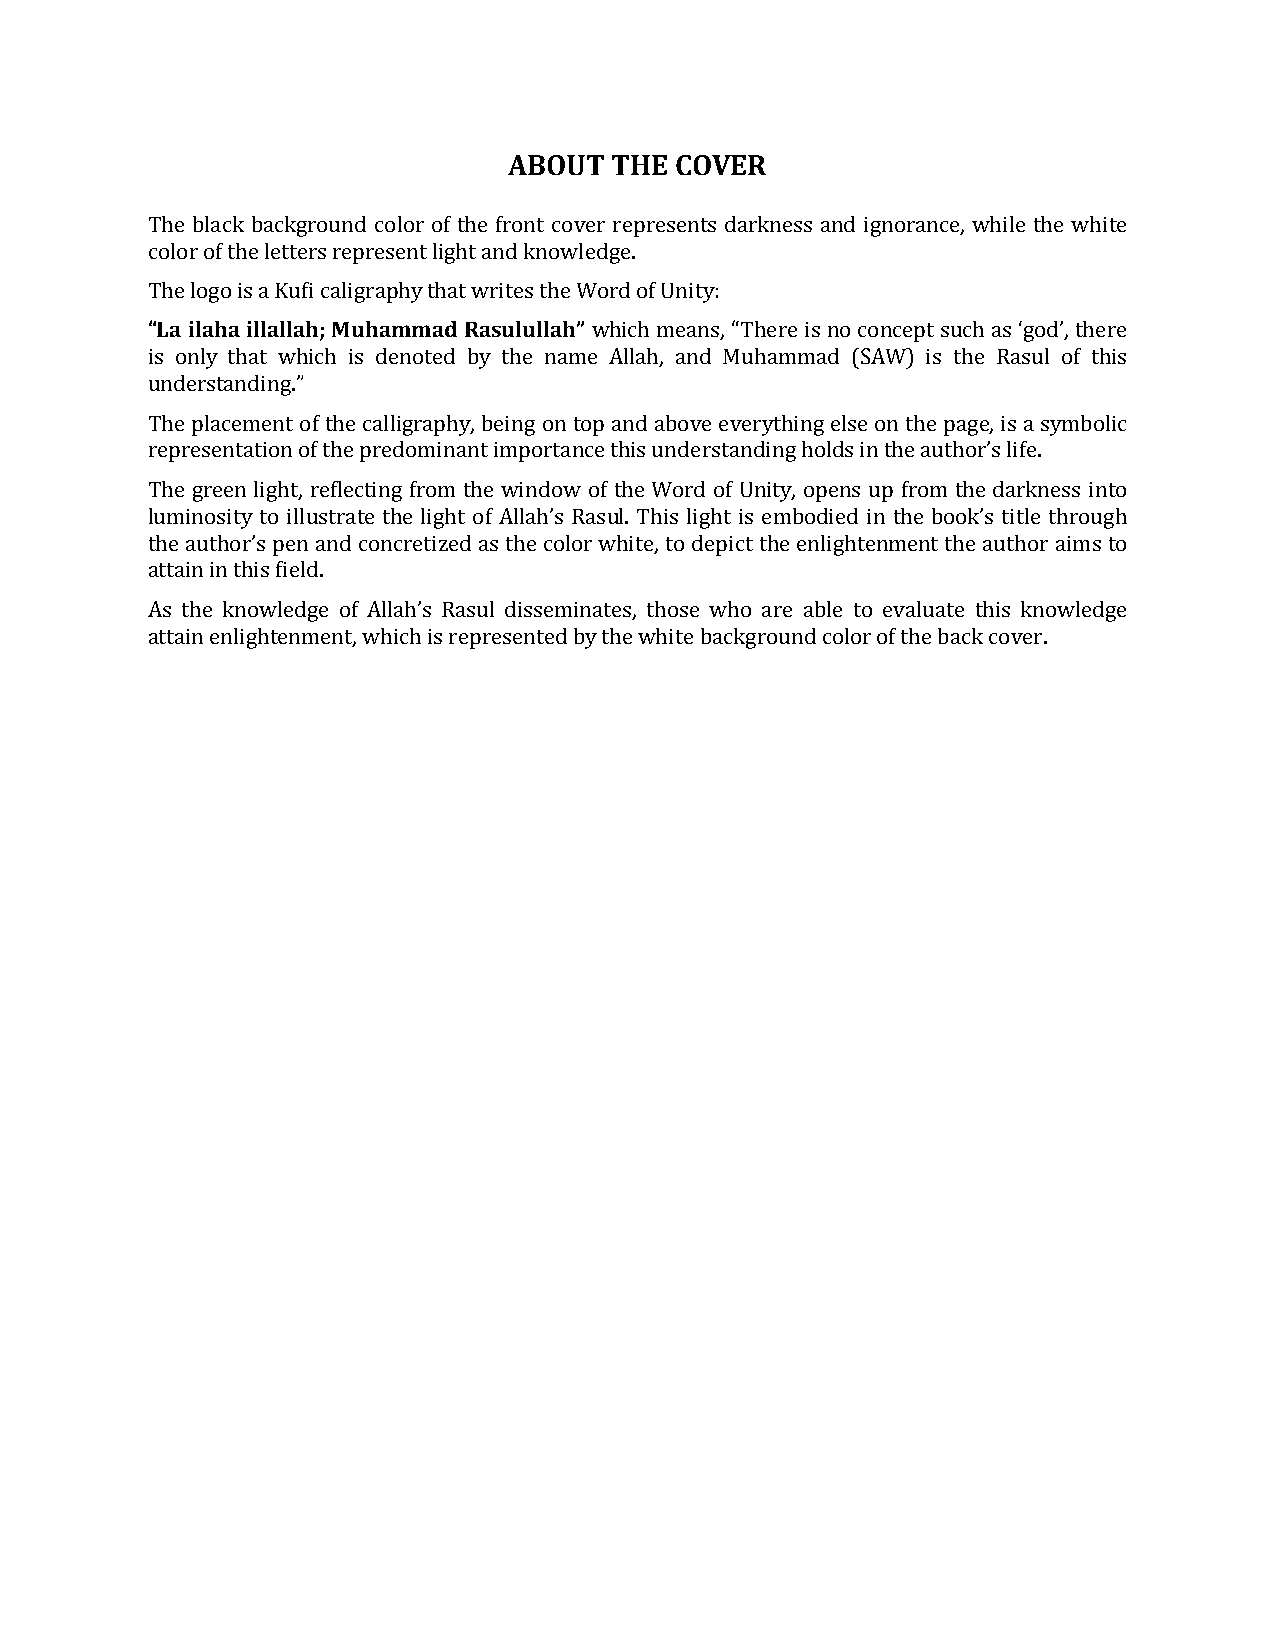
ABOUT  THE COVER
 The black background color of the front cover represents darkness and ignorance, while the white
 color of the letters represent light and knowledge.
 “La ilaha illallah; Muhammad Rasulullah”
 The logo is a Kufi caligraphy that writes the Word of Unity:
 which means, “There is no concept such as ‘god’, there
 is only that which is denoted by the name Allah, and Muhammad (SAW) is the Rasul of this
 understanding.”
 The placement of the calligraphy, being on top and above everything else on the page, is a symbolic
 representation of the predominant importance this understanding holds in the author’s life.
 The green light, reflecting from the window of the Word of Unity, opens up from the darkness into
 luminosity to illustrate the light of Allah’s Rasul. This light is embodied in the book’s title through
 the author’s pen and concretized as the color white, to depict the enlightenment the author aims to
 attain in this field.
 As the knowledge of Allah’s Rasul disseminates, those who are able to evaluate this knowledge
 attain enlightenment, which is represented by the white background color of the back cover.